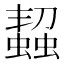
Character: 𧑨